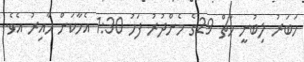
ހަބަރު ލިބުނީ މާޗް 29ގެ މެންދުރު ފަހު 1:30 އެހާކަން ހާއިރު އެވެ.